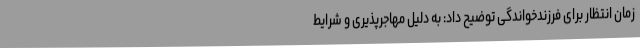
زمان انتظار برای فرزندخواندگی توضیح داد: به دلیل مهاجرپذیری و شرایط